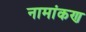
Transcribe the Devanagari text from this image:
नामांकण